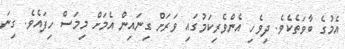
އެމުގެ ބާވަތެކެވެ. ދިވެހި އެންވެރިކަމުގައި ވަރަށް ގިނައިން އެމަށް މިމަސް ހިފައެވެ. ގިނަ